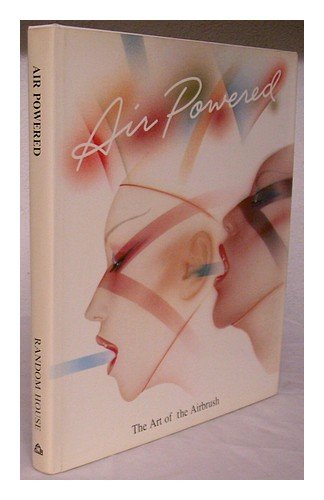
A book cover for Air Powered; Elyce Wakerman; Arts & Photography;